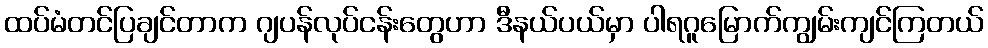
ထပ်မံတင်ပြချင်တာက ဂျပန်လုပ်ငန်းတွေဟာ ဒီနယ်ပယ်မှာ ပါရဂူမြောက်ကျွမ်းကျင်ကြတယ်